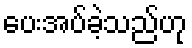
ပေးအပ်ခဲ့သည်ဟု